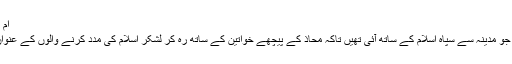
ام عمارہ شیر دل خاتون
ام عمارہ وہ خاتن ہیں جو مدینہ سے سپاہ اسلام کے ساتھ آئی تھیں تاکہ محاذ کے پیچھے خواتین کے ساتھ رہ کر لشکر اسلام کی مدد کرنے والوں کے عنوان سے نصرت کریں۔